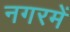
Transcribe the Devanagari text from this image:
नगरमें